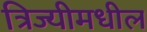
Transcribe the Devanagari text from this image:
त्रिज्यीमधील